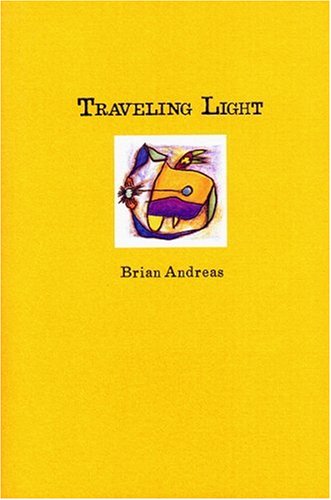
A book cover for Traveling Light: Stories & Drawings for a Quiet Mind; Brian Andreas; Arts & Photography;